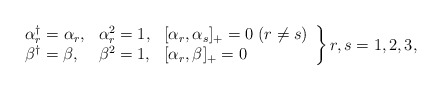
\begin{align*}\left.\begin{array}{lll}\alpha^\dag_{r}=\alpha_{r}, &\alpha^2_{r}=1, & [\alpha_{r},\alpha_{s}]_+=0 \; (r \neq s) \\\beta^\dag=\beta, &\beta^2=1, &[\alpha_{r},\beta]_+=0\end{array} \right\}r,s=1,2,3,\end{align*}